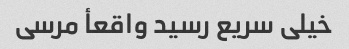
خیلی سریع رسید واقعأ مرسی